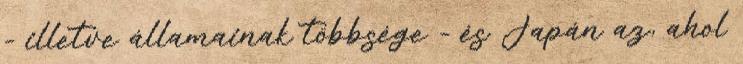
- illetve államainak többsége - és Japán az, ahol